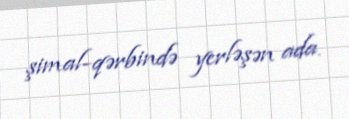
şimal-qərbində yerləşən ada.